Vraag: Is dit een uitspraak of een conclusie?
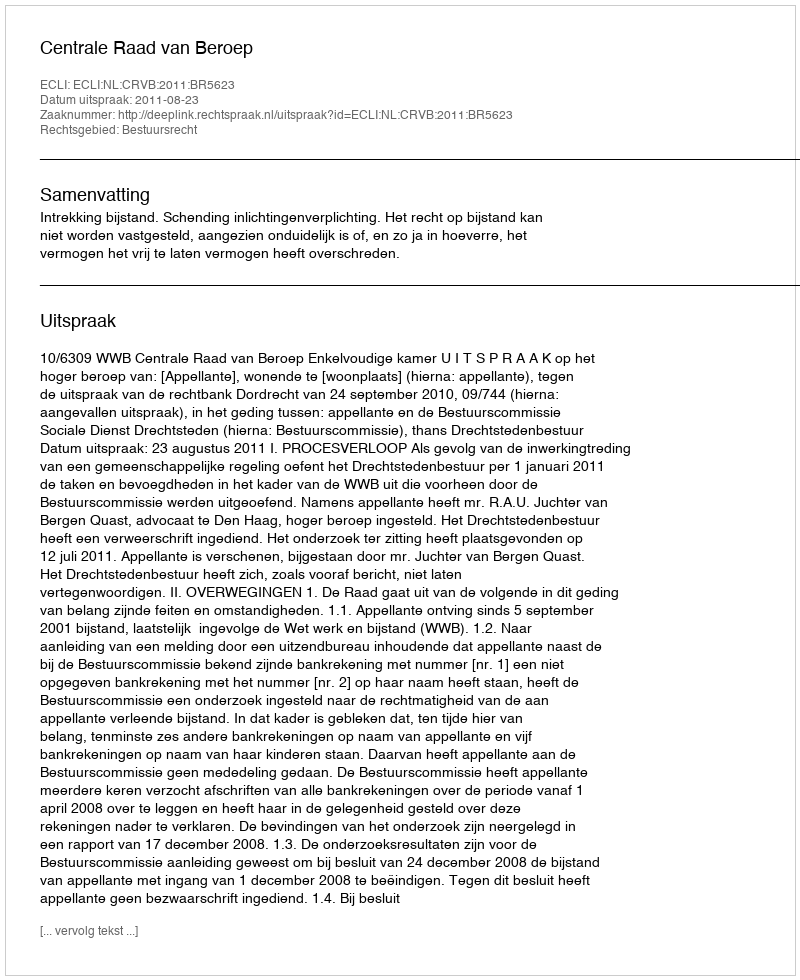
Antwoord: Uitspraak